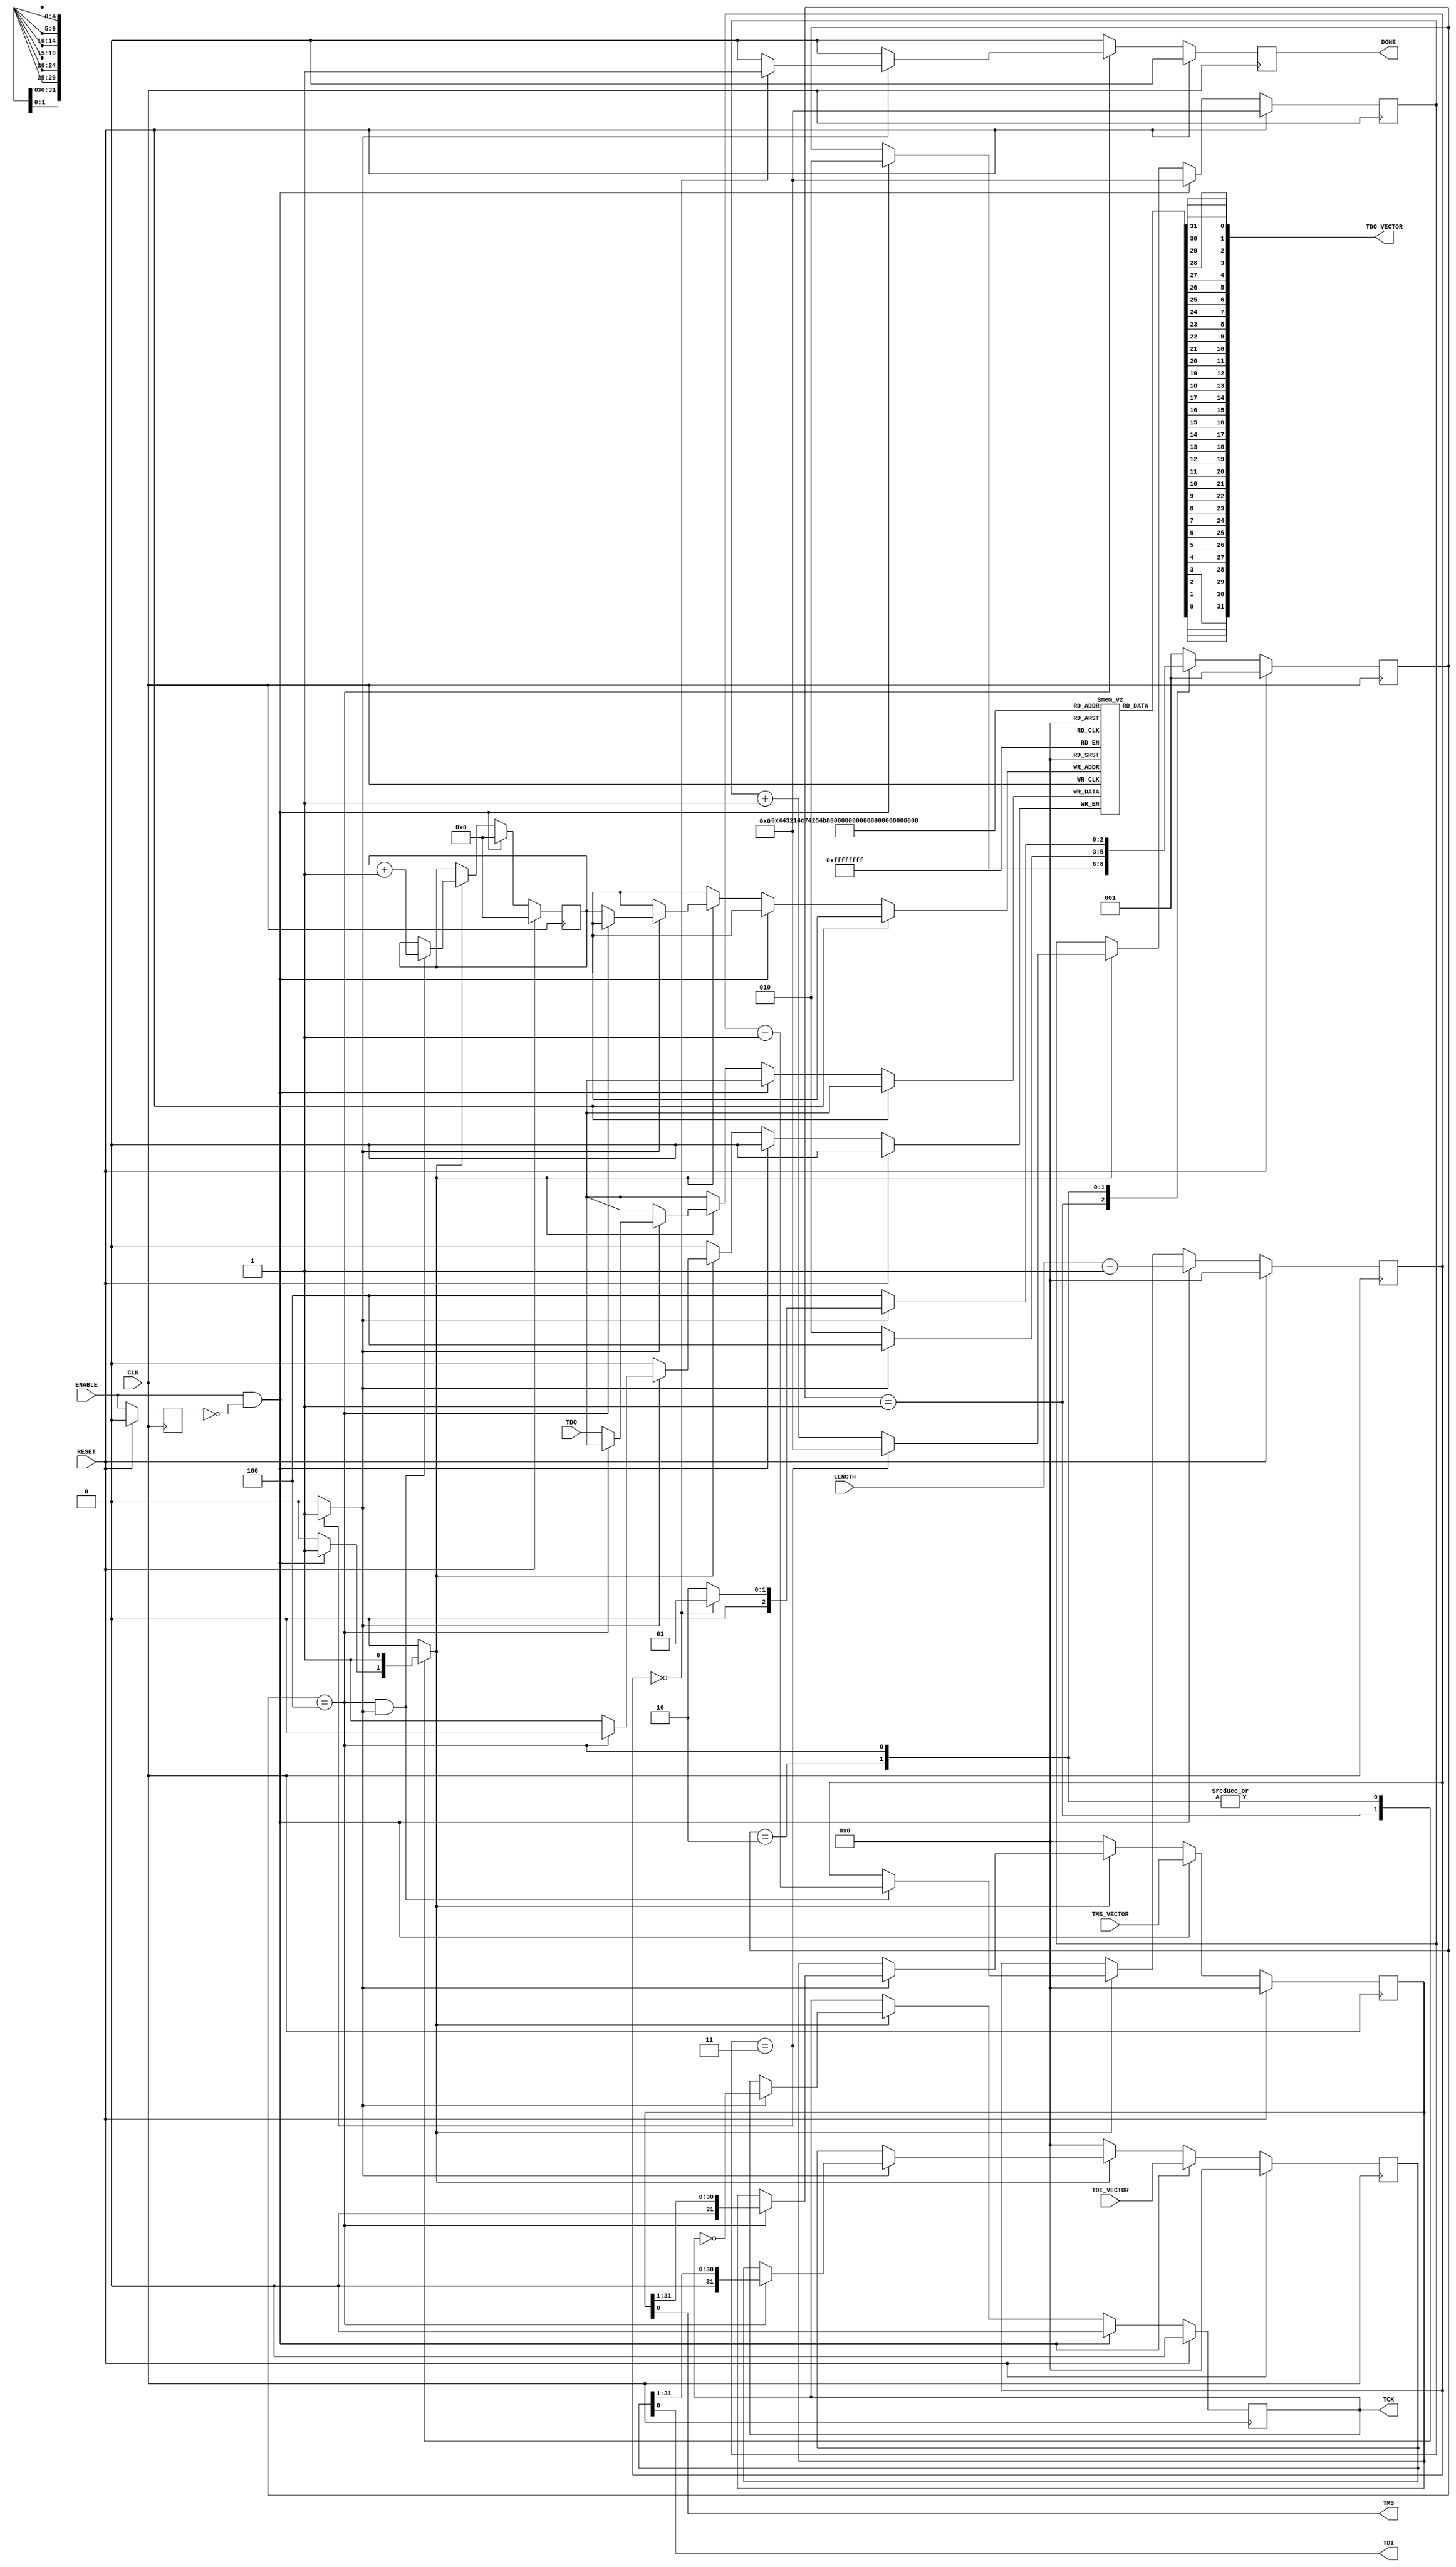
`timescale 1 ns / 1 ps

//-----------------------------------------------------------------------------
//
// Disclaimer:
//    Avnet, Inc. makes no warranty for the use of this code or design.
//    This code is provided  "As Is". Avnet, Inc assumes no responsibility for
//    any errors, which may appear in this code, nor does it make a commitment
//    to update the information contained herein. Avnet, Inc specifically
//    disclaims any implied warranties of fitness for a particular purpose.
//                     Copyright(c) 2014-2015 Avnet, Inc.
//                             All rights reserved.
//-----------------------------------------------------------------------------

module jtag_proc # (
   parameter integer C_TCK_CLOCK_RATIO = 8
)
(
   input  wire           CLK        ,
   input  wire           RESET      ,
   input  wire           ENABLE     ,
   output reg            DONE       ,
   input  wire [31 : 0 ] LENGTH     ,
   input  wire [31 : 0 ] TMS_VECTOR ,
   input  wire [31 : 0 ] TDI_VECTOR ,
   output wire [31 : 0 ] TDO_VECTOR ,
   output wire           TCK        ,
   output wire           TMS        ,
   output wire           TDI        ,
   input  wire           TDO       
);

   localparam  IDLE = 3'b001 ,
               TCKL = 3'b010 ,
               TCKH = 3'b100 ;           

   reg [ 2:0]   state, next_state;
   reg          enable_d;
   wire         enable_red;
   reg          tck_en;
   reg          tck_i;
   reg          done_i;
   reg [ 7:0]   tck_count;
   reg [31:0]   bit_count;
   reg [31:0]   tms_output;
   reg [31:0]   tdi_output;
   reg [31:0]   tdo_capture;
   
   reg [0:0]    tdo_buffer [31:0];
   reg [4:0]    index;
   
   wire         tck_pulse;
   wire [31:0] tdo_capture2;
   
   always @(posedge CLK) begin
      if (RESET == 1'b1) begin
         state    <= IDLE;
         enable_d <= 1'b0;
      end else begin
         state    <= next_state;
         enable_d <= ENABLE;
      end
   end
   
   assign enable_red = ENABLE && !enable_d;
   
   always @(state or enable_red or bit_count or tck_pulse) begin 
      next_state = state;
      tck_en     = 1'b0;
      done_i     = 1'b0;
      case (state)
         IDLE : begin
            if (enable_red == 1'b1) begin
               next_state = TCKL;
               tck_en      = 1'b1;
            end
         end
         
         TCKL : begin
            tck_en     = 1'b1;
            if (tck_pulse == 1'b1) begin
               next_state = TCKH;
            end else begin
               next_state = TCKL;
            end 
         end
         
         TCKH : begin
            tck_en     = 1'b1;
            if (tck_pulse == 1'b1) begin
               if (bit_count == 0) begin
                  next_state = IDLE;
                  done_i     = 1'b1;
               end else begin
                  next_state = TCKL;
               end
            end else begin
               next_state = TCKH;
            end 
         end
         
         default : begin
            next_state = IDLE;
         end
      endcase
   end
   
   always @(posedge CLK) begin
      if (RESET == 1'b1) begin
         tck_count <= 0;
         bit_count <= 0;
         index     <= 0;
      end else begin
         if (enable_red == 1'b1) begin
            tck_count <= 0;
            bit_count <= LENGTH-1;
            index     <= 0;
         end else if (tck_en == 1'b1) begin
            if (tck_count == (C_TCK_CLOCK_RATIO/2)-1) begin
               tck_count <= 0;
            end else begin
               tck_count <= tck_count + 1;
            end
            //
            if (state == TCKH && tck_pulse) begin
               bit_count <= bit_count - 1;
               index     <= index + 1;
            end
         end
      end
   end
   
   assign tck_pulse = (tck_count == (C_TCK_CLOCK_RATIO/2)-1) ? 1'b1 : 1'b0;
   
   always @(posedge CLK) begin
      if (RESET == 1'b1) begin
         tck_i       <= 1'b0;
         tms_output  <= 0;
         tdi_output  <= 0;
         tdo_capture <= 0;
         DONE        <= 1'b0;
      end else begin
         DONE <= done_i;
         if (enable_red == 1'b1) begin
            tck_i       <= 1'b0;
            tms_output  <= TMS_VECTOR;
            tdi_output  <= TDI_VECTOR;
            tdo_capture <= 0;
         end else if (tck_en == 1'b1) begin
            if (tck_pulse == 1'b1) begin
               tck_i <= ~tck_i;
               if (state == TCKH) begin
                  tms_output  <= {1'b0, tms_output[31:1]};
                  tdi_output  <= {1'b0, tdi_output[31:1]};
                  tdo_capture <= {tdo_capture[30:0], TDO};
               end else begin
                  tdo_buffer[index] <= TDO;
               end
            end
         end else begin
            tms_output <= 0;
            tdi_output <= 0;
         end
      end
   end
   
   
genvar i;

generate 
    for (i=0; i < 32; i = i + 1) begin : array
        assign tdo_capture2[i] = tdo_buffer[i];
    end
endgenerate

 //  assign TMS = tms_output[0] ? 1'bZ : 1'b0;
 assign TMS = tms_output[0];
//      OBUFT u0_OBUFT (
//          .O (TMS) ,
//          .I (1'b0) ,
//          .T (~tms_output[0])
//     );
     
   //   assign TDI = tdi_output[0] ? 1'bZ : 1'b0;
assign TDI = tdi_output[0];
//      OBUFT u1_OBUFT (
//           .O (TDI) ,
//           .I (1'b0) ,
//           .T (~tdi_output[0])
//      );
     
   //   assign TCK = tck_i ? 1'bZ : 1'b0;
assign TCK = tck_i;
//      OBUFT u_OBUFT (
//           .O (TCK) ,
//           .I (1'b0) ,
//           .T (~tck_i)
//      );
     assign TDO_VECTOR = tdo_capture2;
   

endmodule